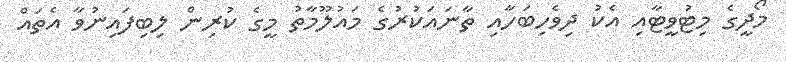
މޯދީގެ މިޓުވީޓާއި އެކު ދިވެހިބަހާއި ތާނައަކުރުގެ މައުލޫމާތު މީގެ ކުރިން ލިބިފައިނުވާ އެތައް